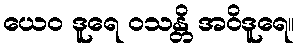
ယေဝ ဒူရေ ဝသန္တိ အဝိဒူရေ။